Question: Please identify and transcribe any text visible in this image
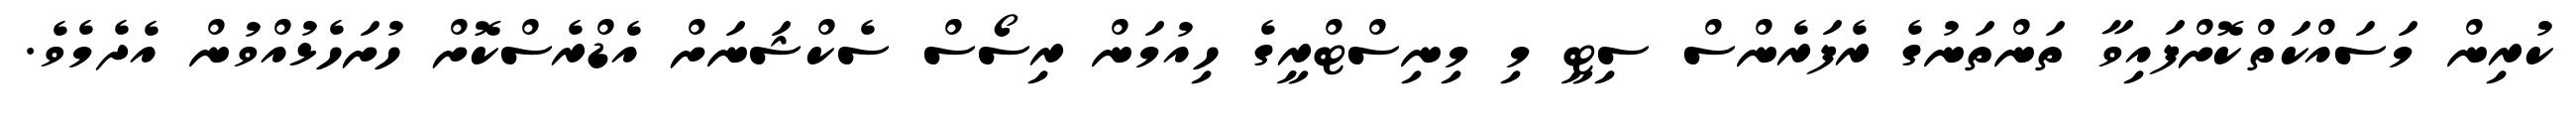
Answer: ކުރިން މަސައްކަތްކޮށްފައިވާ ތަންތަނުގެ ރެފަރެންސް ސިޓީ މި މިނިސްޓްރީގެ ހިއުމަން ރިސޯސް ސެކްޝަނަށް އެޑްރެސްކޮށް ހުށަހެޅުއްވުން އެދެމެވެ.